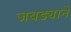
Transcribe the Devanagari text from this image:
जबड्याने